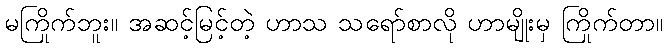
မကြိုက်ဘူး။ အဆင့်မြင့်တဲ့ ဟာသ သရော်စာလို ဟာမျိုးမှ ကြိုက်တာ။